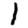
Digit: 1